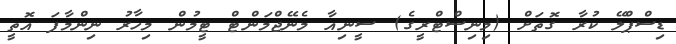
ޑިސްޕްލޭ ކުރާ ގޮތަށް (މިނިސްޓްރީގެ) ސީނިއާ މެނޭޖްމަންޓް ޓީމުން މިހާރު ނިންމާފަ އޮތީ